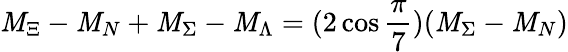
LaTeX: \mathit{M}_{\Xi}-\mathit{M}_{N}+\mathit{M}_{\Sigma}-\mathit{M}_{\Lambda}=(2\cos\frac{\pi}{7})(\mathit{M}_{\Sigma}-\mathit{M}_{N})